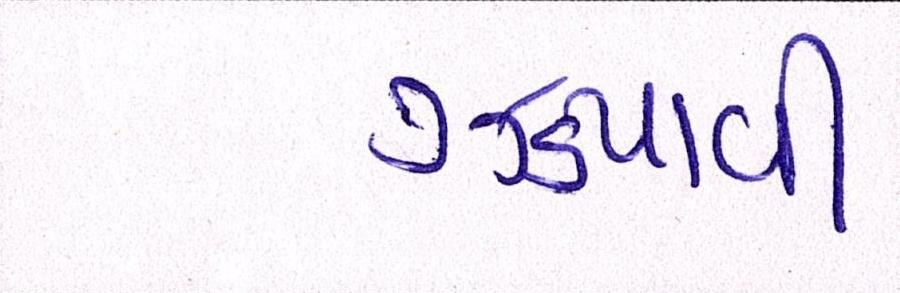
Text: ઝડપાવી